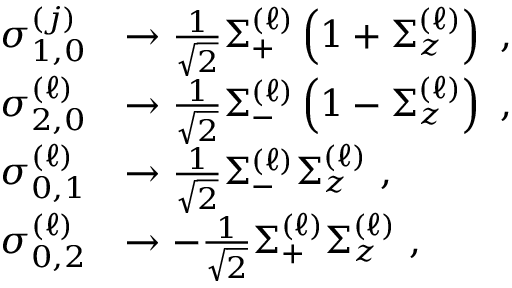
\begin{array} { r l } { \sigma _ { 1 , 0 } ^ { \left( j \right) } } & { \rightarrow \frac { 1 } { \sqrt { 2 } } \Sigma _ { + } ^ { \left( \ell \right) } \left( 1 + \Sigma _ { z } ^ { \left( \ell \right) } \right) \, \, , } \\ { \sigma _ { 2 , 0 } ^ { \left( \ell \right) } } & { \rightarrow \frac { 1 } { \sqrt { 2 } } \Sigma _ { - } ^ { \left( \ell \right) } \left( 1 - \Sigma _ { z } ^ { \left( \ell \right) } \right) \, \, , } \\ { \sigma _ { 0 , 1 } ^ { \left( \ell \right) } } & { \rightarrow \frac { 1 } { \sqrt { 2 } } \Sigma _ { - } ^ { \left( \ell \right) } \Sigma _ { z } ^ { \left( \ell \right) } \, \, , } \\ { \sigma _ { 0 , 2 } ^ { \left( \ell \right) } } & { \rightarrow - \frac { 1 } { \sqrt { 2 } } \Sigma _ { + } ^ { \left( \ell \right) } \Sigma _ { z } ^ { \left( \ell \right) } \, \, , } \end{array}